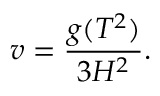
v = \frac { g ( T ^ { 2 } ) } { 3 H ^ { 2 } } .